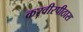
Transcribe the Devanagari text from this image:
करवीरपीठास